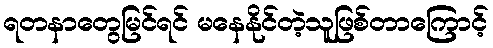
ရတနာတွေမြင်ရင် မနေနိုင်တဲ့သူဖြစ်တာကြောင့်